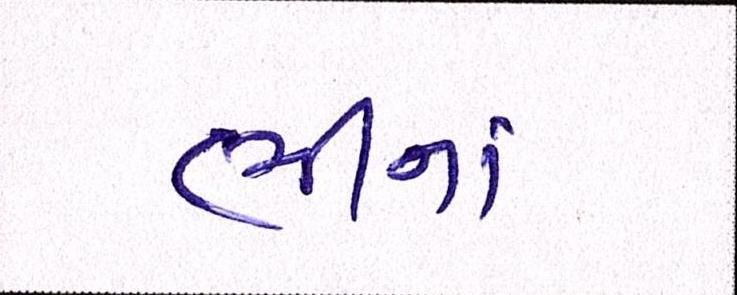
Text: ભીનાં